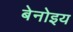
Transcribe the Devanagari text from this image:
बेनोइय